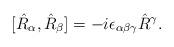
LaTeX: \begin{align*}[\hat{R}_\alpha,\hat{R}_\beta]=-i\epsilon_{\alpha\beta\gamma}\hat{R}{}^{\gamma}.\end{align*}